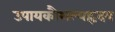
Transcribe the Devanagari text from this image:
उपायकौशल्यहृदय